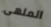
الملهى